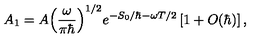
{ A _ { 1 } } = A { { \left( { \frac { \omega } { \pi \hbar } } \right) } ^ { 1 / 2 } } { e ^ { - { S _ { 0 } } / \hbar - \omega T / 2 } } \left[ 1 + O ( \hbar ) \right] ,